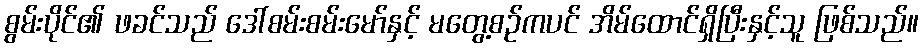
စွမ်းပိုင်၏ ဖခင်သည် ဒေါ်စမ်းစမ်းမော်နှင့် မတွေ့စဉ်ကပင် အိမ်ထောင်ရှိပြီးနှင့်သူ ဖြစ်သည်။